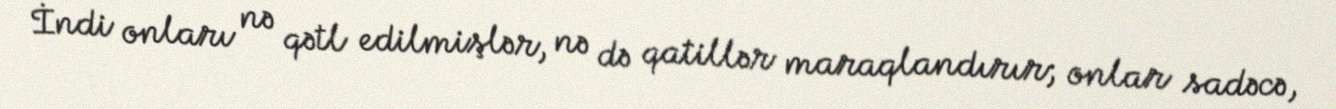
İndi onları nə qətl edilmişlər, nə də qatillər maraqlandırır; onlar sadəcə,